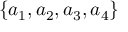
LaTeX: \{ a _ { 1 } , a _ { 2 } , a _ { 3 } , a _ { 4 } \}